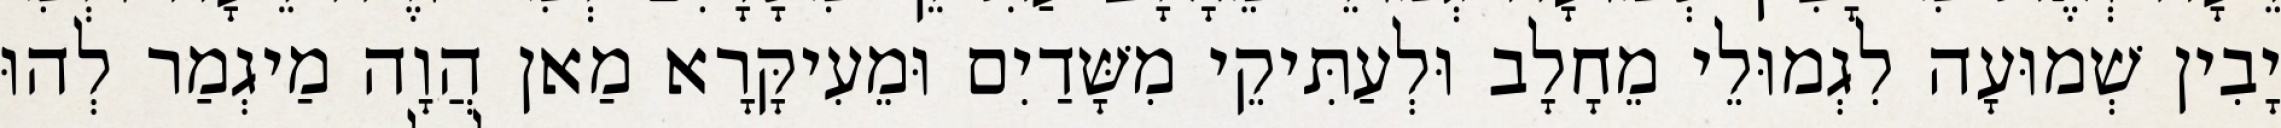
יָבִין שְׁמוּעָה לִגְמוּלֵי מֵחָלָב וּלְעַתִּיקֵי מִשָּׁדַיִם וּמֵעִיקָּרָא מַאן הֲוָה מַיגְמַר לְהוּ